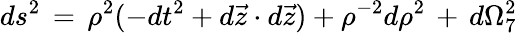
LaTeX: ds^{2}\, =\, \rho^{2}(-dt^{2}+d\vec{z}\cdot d\vec{z})+\rho^{-2}d\rho^{2}\, +\, d\Omega_{7}^{2}